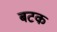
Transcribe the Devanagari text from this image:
बटक